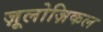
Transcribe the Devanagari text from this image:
ज़ूलोज़िकल